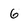
Character: 6